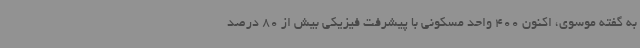
به گفته موسوی، اکنون 400 واحد مسکونی با پیشرفت فیزیکی بیش از 80 درصد